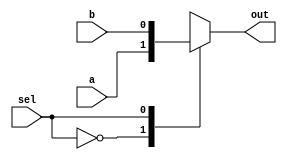
module mux_2to1(input wire a, b, sel, output reg out);

always @ (a, b, sel)
begin
    case(sel)
        0: out = a;
        1: out = b;
    endcase
end

endmodule